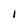
Character: l